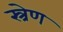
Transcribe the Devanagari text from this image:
स्त्रेण